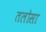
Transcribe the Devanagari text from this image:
तलोसा